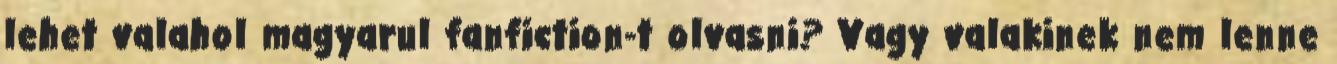
lehet valahol magyarul fanfiction-t olvasni? Vagy valakinek nem lenne